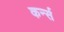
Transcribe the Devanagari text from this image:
कर्न्‍स